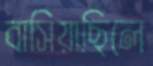
বাসিয়াছিলে